Lunatic asylums United Provinces 1909-1921 - 1909-1921
Year: 1909
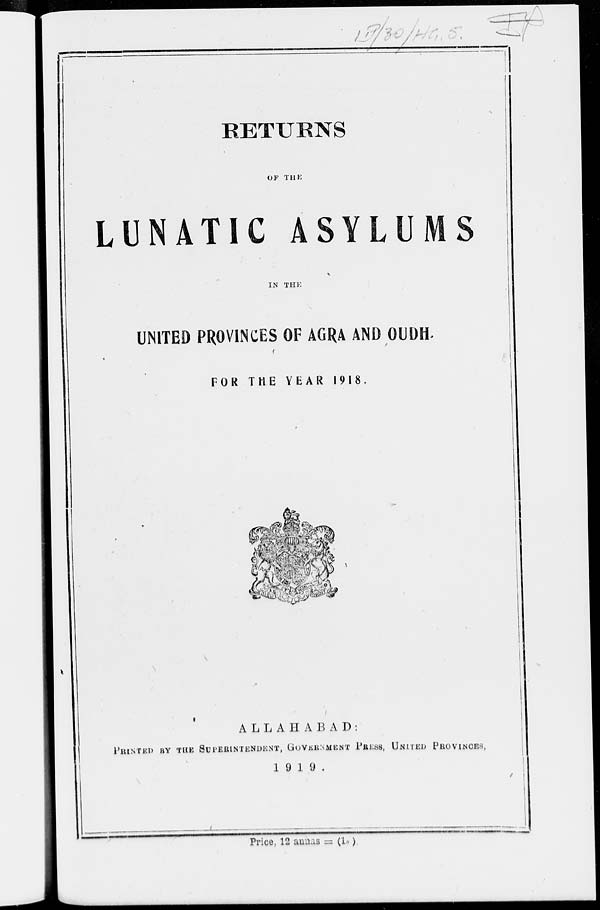
RETURNS
OF THE
LUNATIC ASYLUMS
IN THE
UNITED PROVINCES OF AGRA AND OUDH.
FOR THE YEAR 1918.
ALLAHABAD:
PRINTED BY THE SUPERINTENDENT, GOVERNMENT PRESS, UNTIED PROVINCES,
1919.
Price, 12 annas = (1s )